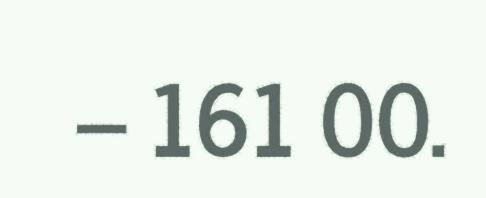
– 161 00.